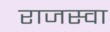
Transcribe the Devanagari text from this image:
राजस्वा